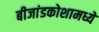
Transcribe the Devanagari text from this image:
बीजांडकोशामध्ये